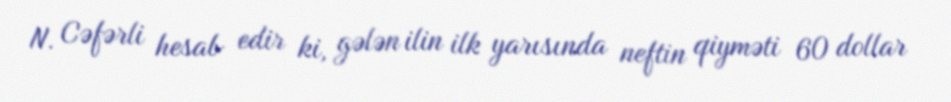
N. Cəfərli hesab edir ki, gələn ilin ilk yarısında neftin qiyməti 60 dollar